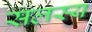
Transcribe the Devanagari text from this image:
सलस्य